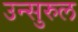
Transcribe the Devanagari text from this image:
उन्सुरुल